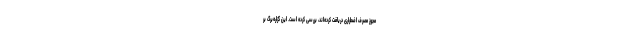
مجوز مصرف اضطراری دریافت کرده‌اند، بررسی کرده است. این گزاره‌برگ بر